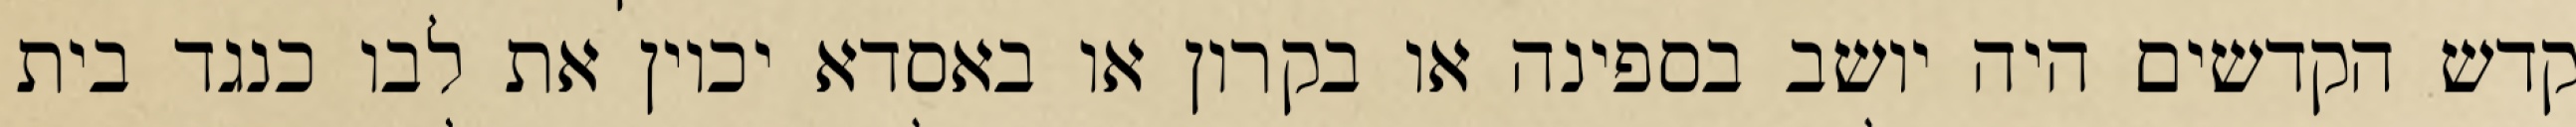
קדש הקדשים היה יושב בספינה או בקרון או באסדא יכוין את לבו כנגד בית